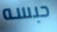
حبسه